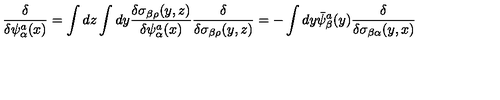
{ \frac { \delta } { \delta \psi _ { \alpha } ^ { a } ( x ) } } = \int d z \int d y { \frac { \delta \sigma _ { \beta \rho } ( y , z ) } { \delta \psi _ { \alpha } ^ { a } ( x ) } } { \frac { \delta } { \delta \sigma _ { \beta \rho } ( y , z ) } } = - \int d y \bar { \psi } _ { \beta } ^ { a } ( y ) { \frac { \delta } { \delta \sigma _ { \beta \alpha } ( y , x ) } }